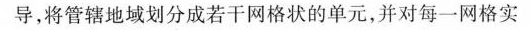
导，将管辖地域划分成若干网格状的单元，并对每一网格实